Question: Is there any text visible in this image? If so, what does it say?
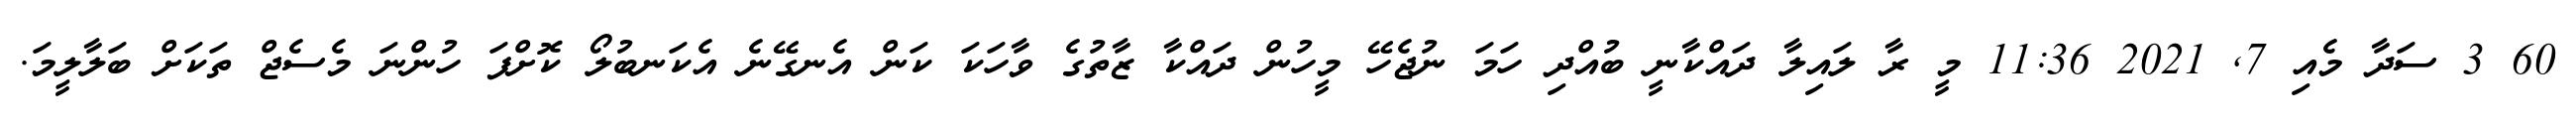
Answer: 60 3 ސަދާ މެއި 7, 2021 11:36 މީ ރާ ލައިލާ ދައްކާނީ ބުއްދި ހަމަ ނުޖެހޭ މީހުން ދައްކާ ޒާތުގެ ވާހަކަ ކަން އެނގޭނެ އެކަނބުލޯ ކޮށްފަ ހުންނަ މެސެޖް ތަކަށް ބަލާލީމަ.